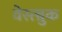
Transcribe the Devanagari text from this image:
वेस्त्ब्रुक